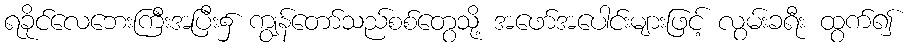
ရခိုင်လေဘေးကြီးအပြီး၌ ကျွန်တော်သည်စစ်တွေသို့ အဖော်အပေါင်းများဖြင့် လွမ်းခရီး ထွက်၍